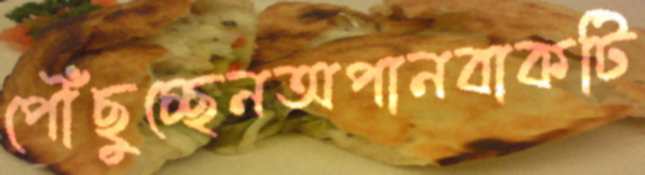
পৌঁছুচ্ছেনঅপানবাকটি